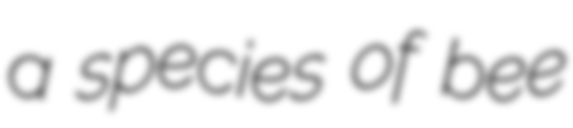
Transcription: a species of bee